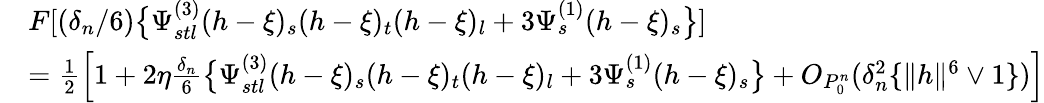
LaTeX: \begin{array}{rl}&{F[(\delta_{n}/6)\big\lbrace\Psi_{stl}^{(3)}(h-\xi)_{s}(h-\xi)_{t}(h-\xi)_{l}+3\Psi_{s}^{(1)}(h-\xi)_{s}\big\rbrace]}\\ &{=\frac{1}{2}\left[1+2\eta\frac{\delta_{n}}{6}\big\lbrace\Psi_{stl}^{(3)}(h-\xi)_{s}(h-\xi)_{t}(h-\xi)_{l}+3\Psi_{s}^{(1)}(h-\xi)_{s}\big\rbrace+O_{P_{0}^{n}}(\delta_{n}^{2}\{ \| h\| ^{6}\vee 1\} )\right]}\end{array}